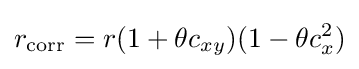
r_{\mathrm {corr} }=r(1+\theta c_{xy})(1-\theta c_{x}^{2})